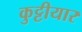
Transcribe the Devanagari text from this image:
कुट्टीयार